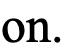
on.